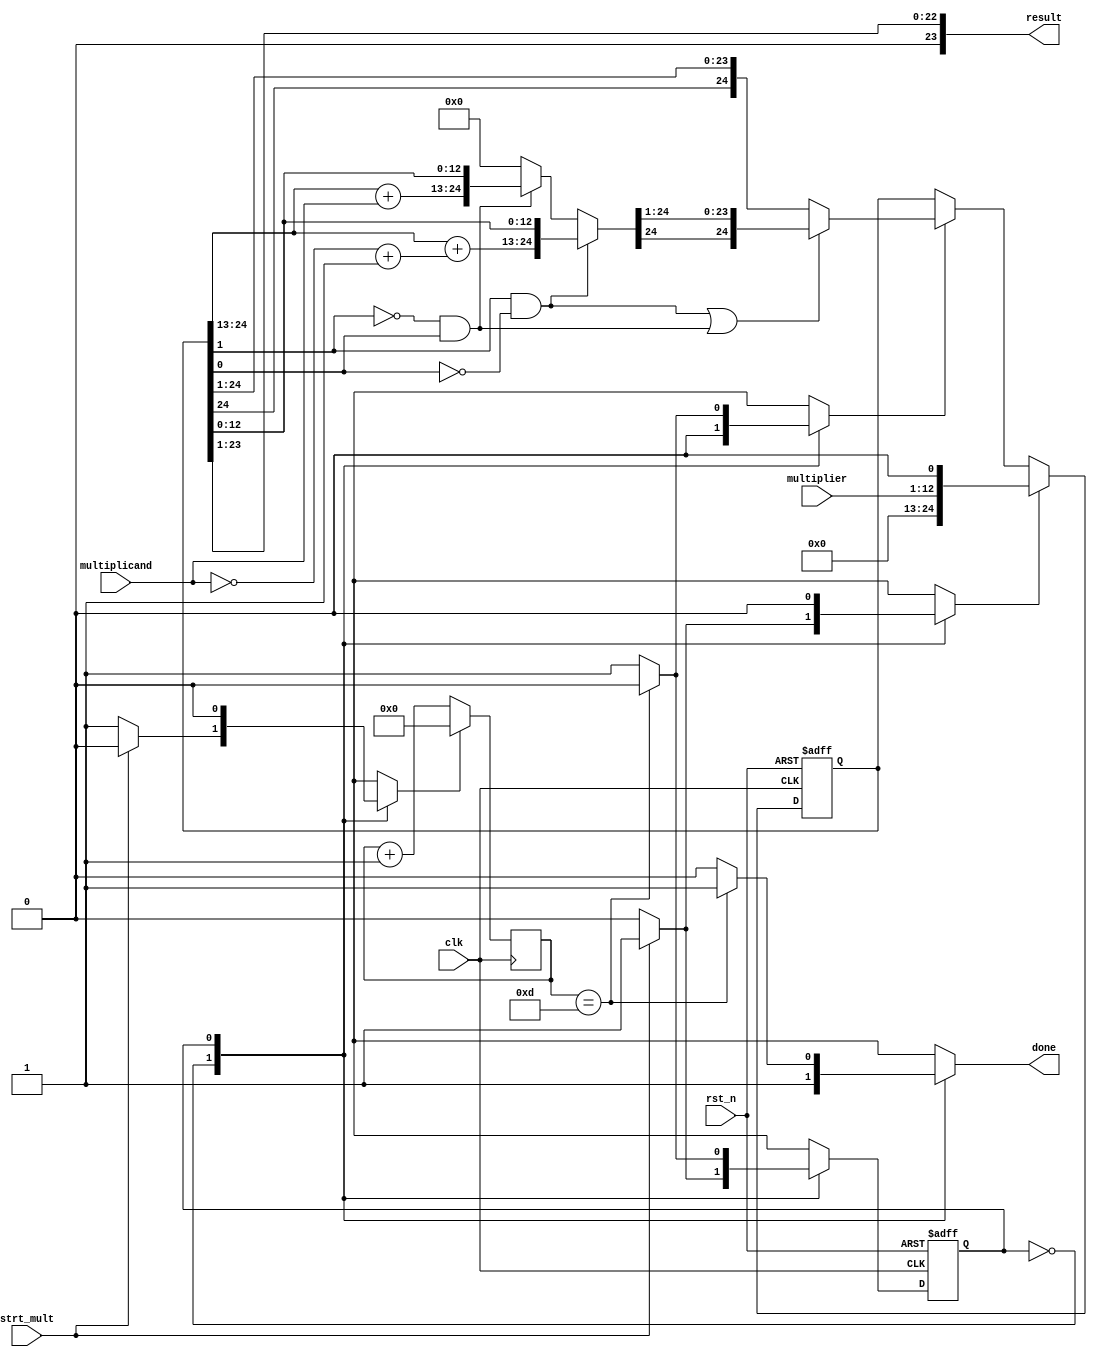
//Module to multiply two numbers using booth encoding
module mult(clk, rst_n, multiplier, multiplicand, result, done, strt_mult);
	input clk, rst_n, strt_mult;
	input [11:0] multiplier, multiplicand;
	output reg done;
	output [23:0] result;

	reg [24:0] p_reg; //upper 12 bits 0, lower 12 bits multiplier
	reg ld;
	wire add, sub;
	reg shft, nxt;
	//Algorithm:
	//All shifts are ASR
	//Look at the two lsbs of multiplier
	//Case 0 1: Add multiplacnd to product and shift
	//Case 1 0: Subtract multiplicand from producty and shift

	localparam IDLE = 1'b0;
	localparam MULT = 1'b1;
	reg state, nxt_state;
	always@(posedge clk, negedge rst_n)
		if(!rst_n)
			state <= IDLE;
		else
			state <= nxt_state;

	wire [24:0] multiplicand_comp = ~(multiplicand) + 1;
	wire [24:0]	arit;

	always@(posedge clk, negedge rst_n)
		if(!rst_n)
			p_reg <= 0;
		else if(ld)
			p_reg <= {{12{1'b0}},{multiplier,1'b0}};
		else if(shft) begin
			if(sub || add)
				p_reg <= {arit[24], {arit[24:1]}};
			else
				p_reg <= {p_reg[24], {p_reg[24:1]}};
		end

	assign arit = sub ? {p_reg[24:13] + multiplicand_comp, p_reg[12:0]} :
						add ? {p_reg[24:13] + multiplicand, p_reg[12:0]} : 0;

	//Counter that counts the 12 cycles
	reg [3:0] count;
	reg rst_count;
	always@(posedge clk)
		if(rst_count)
			count <= 0;
		else
			count <= count + 1;

	assign count_eq_12 = (count == 4'b1101);

	assign sub = (p_reg[1] & ~p_reg[0]);
	assign add = (~p_reg[1] & p_reg[0]);
	always@(state, strt_mult, count_eq_12) begin
		nxt_state = IDLE;
		rst_count = 0;
		ld = 0;
		shft = 0;
		done = 0;
		case(state)
			IDLE: begin
				rst_count = 1;
				done = 1;
				if(strt_mult) begin
					rst_count = 0;
					ld = 1;
					nxt_state = MULT;
				end
			end
			MULT: begin
				nxt_state = MULT;
				shft = 1;
				if(count_eq_12) begin//How to set done signal?	Synchronize with clock
					done = 1;
					nxt_state = IDLE;
					shft = 0;
				end
			end
		endcase
	end
	assign result = p_reg[23:1];
endmodule